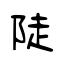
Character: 陡